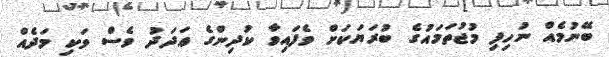
ބޭނުމެއް ނުހިފި މުޖުތަމައުގެ ބުރަޔަކަށް ވެފައިވާ ކުދިންގެ ޢަދަދު ވެސް ވަކި މަދެއް